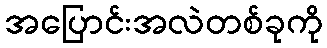
အပြောင်းအလဲတစ်ခုကို